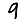
Digit: 9